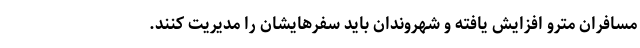
مسافران مترو افزایش یافته و شهروندان باید سفرهایشان را مدیریت کنند.